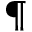
^ \P